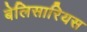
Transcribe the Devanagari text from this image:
बेलिसारियस